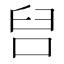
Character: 𭇦